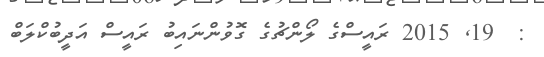
:  19